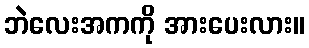
ဘဲလေးအကကို အားပေးလား။